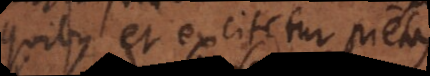
quibus et excitetur pietas